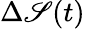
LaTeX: \Delta\mathscr{S}(t)